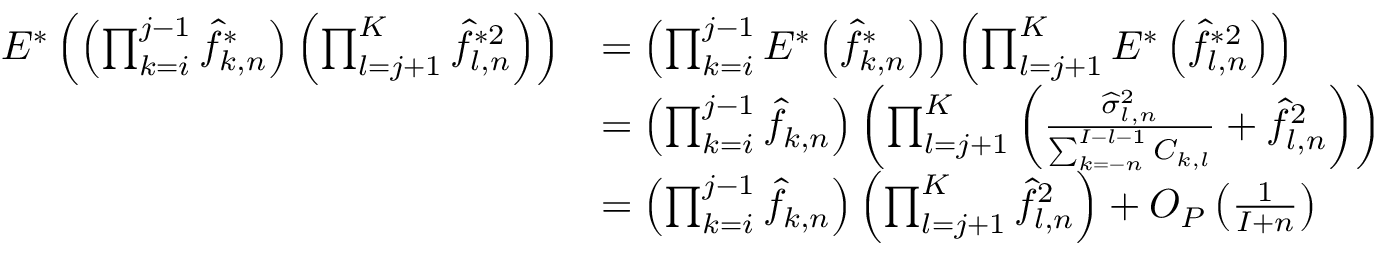
\begin{array} { r l } { E ^ { * } \left( \left( \prod _ { k = i } ^ { j - 1 } \widehat { f } _ { k , n } ^ { * } \right) \left( \prod _ { l = j + 1 } ^ { K } \widehat { f } _ { l , n } ^ { * 2 } \right) \right) } & { = \left( \prod _ { k = i } ^ { j - 1 } E ^ { * } \left( \widehat { f } _ { k , n } ^ { * } \right) \right) \left( \prod _ { l = j + 1 } ^ { K } E ^ { * } \left( \widehat { f } _ { l , n } ^ { * 2 } \right) \right) } \\ & { = \left( \prod _ { k = i } ^ { j - 1 } \widehat { f } _ { k , n } \right) \left( \prod _ { l = j + 1 } ^ { K } \left( \frac { \widehat \sigma _ { l , n } ^ { 2 } } { \sum _ { k = - n } ^ { I - l - 1 } C _ { k , l } } + \widehat { f } _ { l , n } ^ { 2 } \right) \right) } \\ & { = \left( \prod _ { k = i } ^ { j - 1 } \widehat { f } _ { k , n } \right) \left( \prod _ { l = j + 1 } ^ { K } \widehat { f } _ { l , n } ^ { 2 } \right) + O _ { P } \left( \frac { 1 } { I + n } \right) } \end{array}